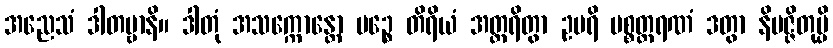
အညေသံ ဒါတဗ္ဗာနိ။ ဒါတုံ အသက္ကောန္တော မဉ္စေ တိရိယံ အတ္ထရိတွာ ဥပရိ ပစ္စတ္ထရဏံ ဒတွာ နိပဇ္ဇိတုမ္ပိ